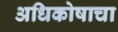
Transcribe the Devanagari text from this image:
अधिकोषाचा